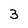
Character: 3